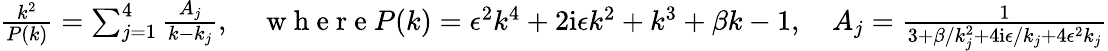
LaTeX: \begin{array}{r}{\frac{k^{2}}{P(k)}=\sum_{j=1}^{4}\frac{A_{j}}{k-k_{j}},\quad\mathrm{~w~h~e~r~e~}P(k)=\epsilon^{2}k^{4}+2\mathrm{i}\epsilon k^{2}+k^{3}+\beta k-1,\quad A_{j}=\frac{1}{3+\beta/k_{j}^{2}+4\mathrm{i}\epsilon/k_{j}+4\epsilon^{2}k_{j}}}\end{array}